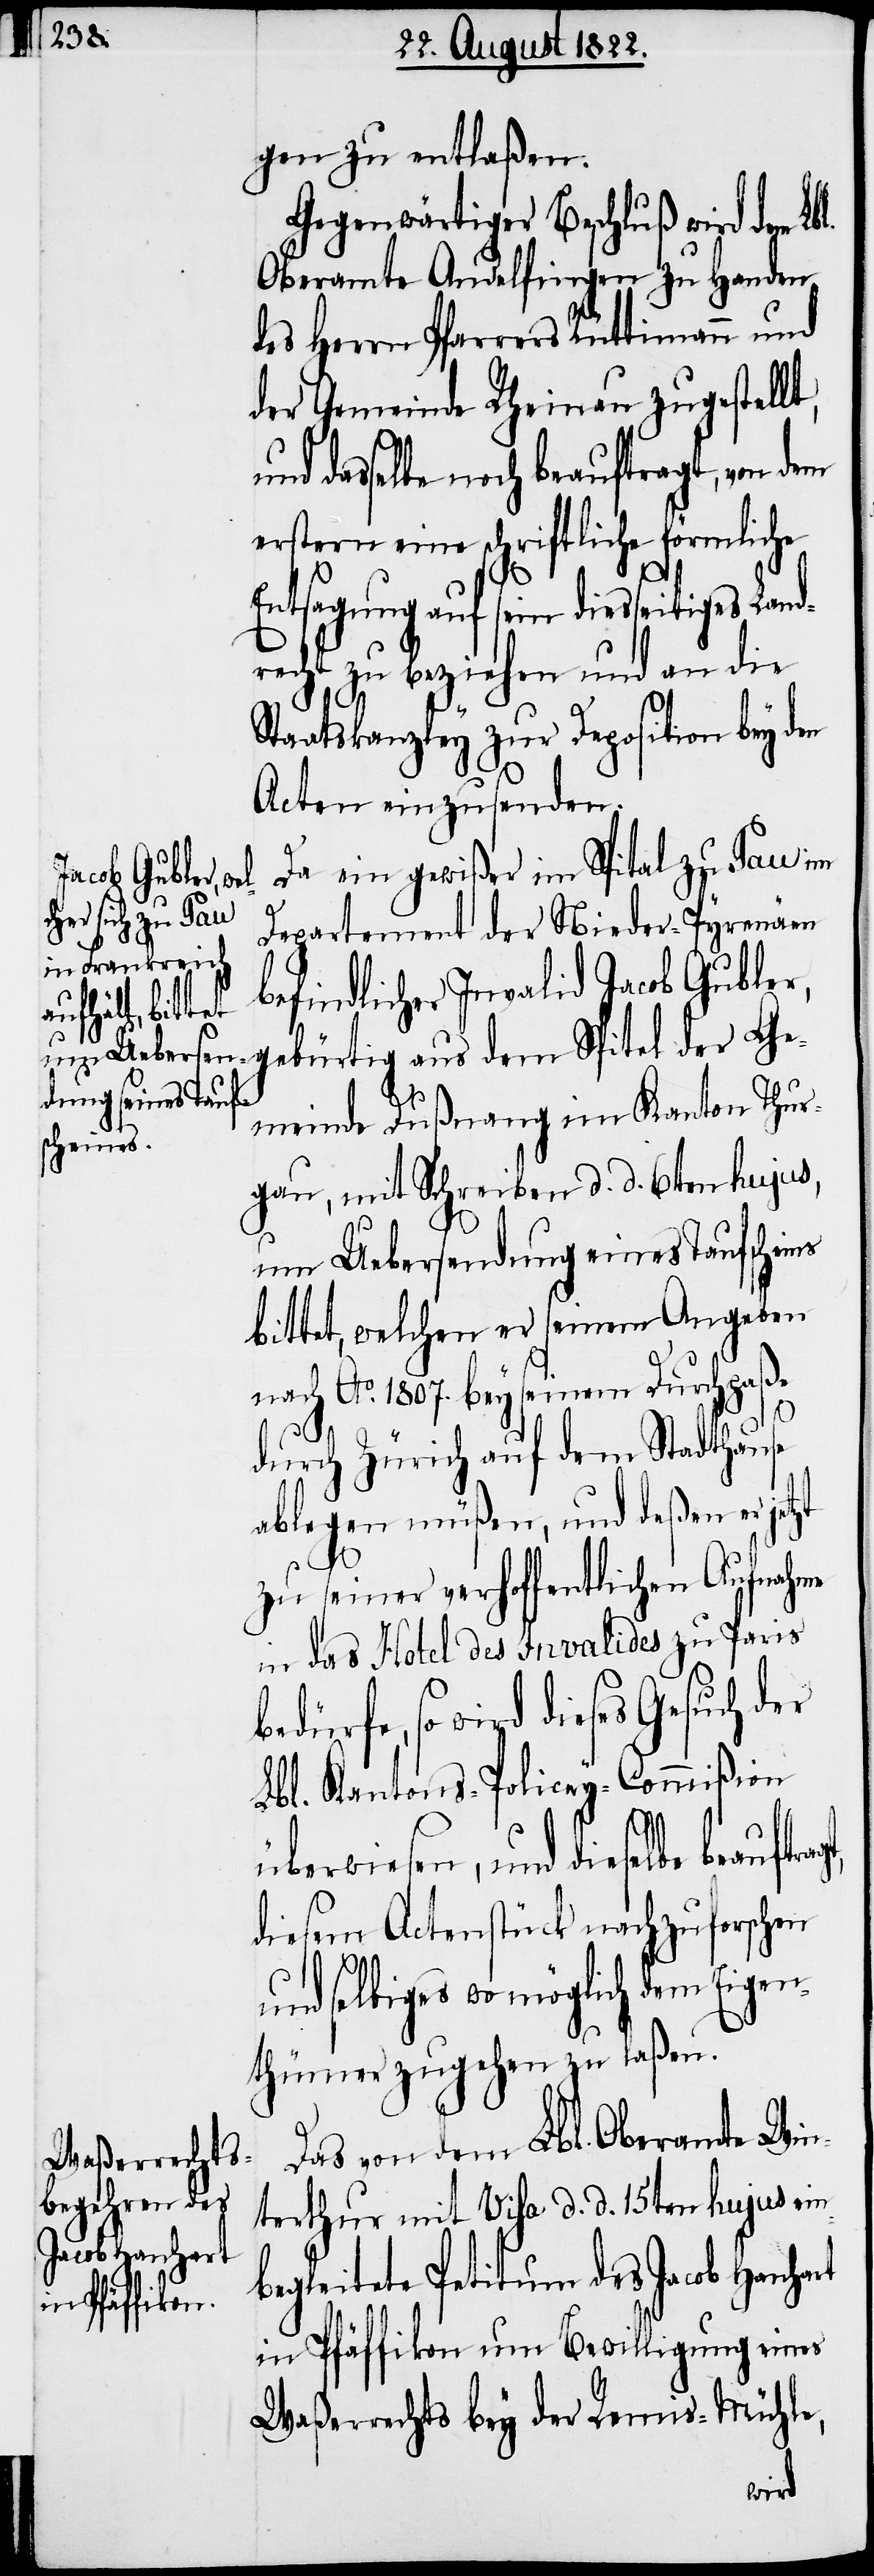
gen zu entlaßen.
Gegenwärtiger Beschluß wird dem Lb¬
Oberamte Andelfingen zu Handen
des Herrn Pfarrers Rüttimann und
der Gemeinde Rheinau zugestellt,
dasselbe noch beauftragt, von dem
erstern eine schriftliche förmliche
zt
Entsagung auf sein diesseitiges Land¬
recht zu beziehen und an die
Staatskanzley zur Deposition bey den
Acten einzusenden.
Da ein gewißer im Spital zu Pau im
Departement der Nieder-Pyrenäen
befindlicher Invalid Jacob Gubl¬
er, gebürtig aus dem Spitel der Ge¬
l.
meinde Dußnang im Kanton Thur¬
gau, mit Schreiben d. d. 6ten hujus,
um Uebersendung eines Taufscheins
bittet, welchen er seinen Angaben
nach Ao. 1807. bey seinem Durchpaße
agt,
durch Zürich auf dem Stadthause
ablegen müßen, und deßen er jet¬
zu seiner verhoffentlichen Aufnahme
in das Hotel des Invalides zu Paris
wird dieses Gesuch der
Lbl. Kantons-Policey-Commißion
überwiesen, und dieselbe beauftr¬
diesem Actenstück nachzuforschen
und selbiges wo möglich dem Eige¬
nthümer zugehen zu laßen.
Das von dem Lbl. Oberamte Win¬
terthur mit Visa d. d. 15ten hujus ein¬
begleitete Petitum des Jacob Hanhart
in Pfäffikon um Bewilligung eines
Waßerrechts bey der Remis-Mühle,